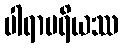
ပါရာပရိယဿ